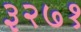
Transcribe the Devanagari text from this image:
३२७१